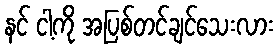
နင် ငါ့ကို အပြစ်တင်ချင်သေးလား